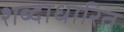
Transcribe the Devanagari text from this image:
शब्दाधारित